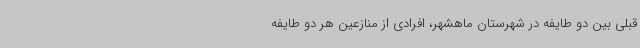
قبلی بین دو طایفه در شهرستان ماهشهر، افرادی از منازعین هر دو طایفه